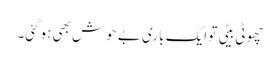
چھوٹی بیٹی تو ایک باری بے حوش بھی ہوگئی۔